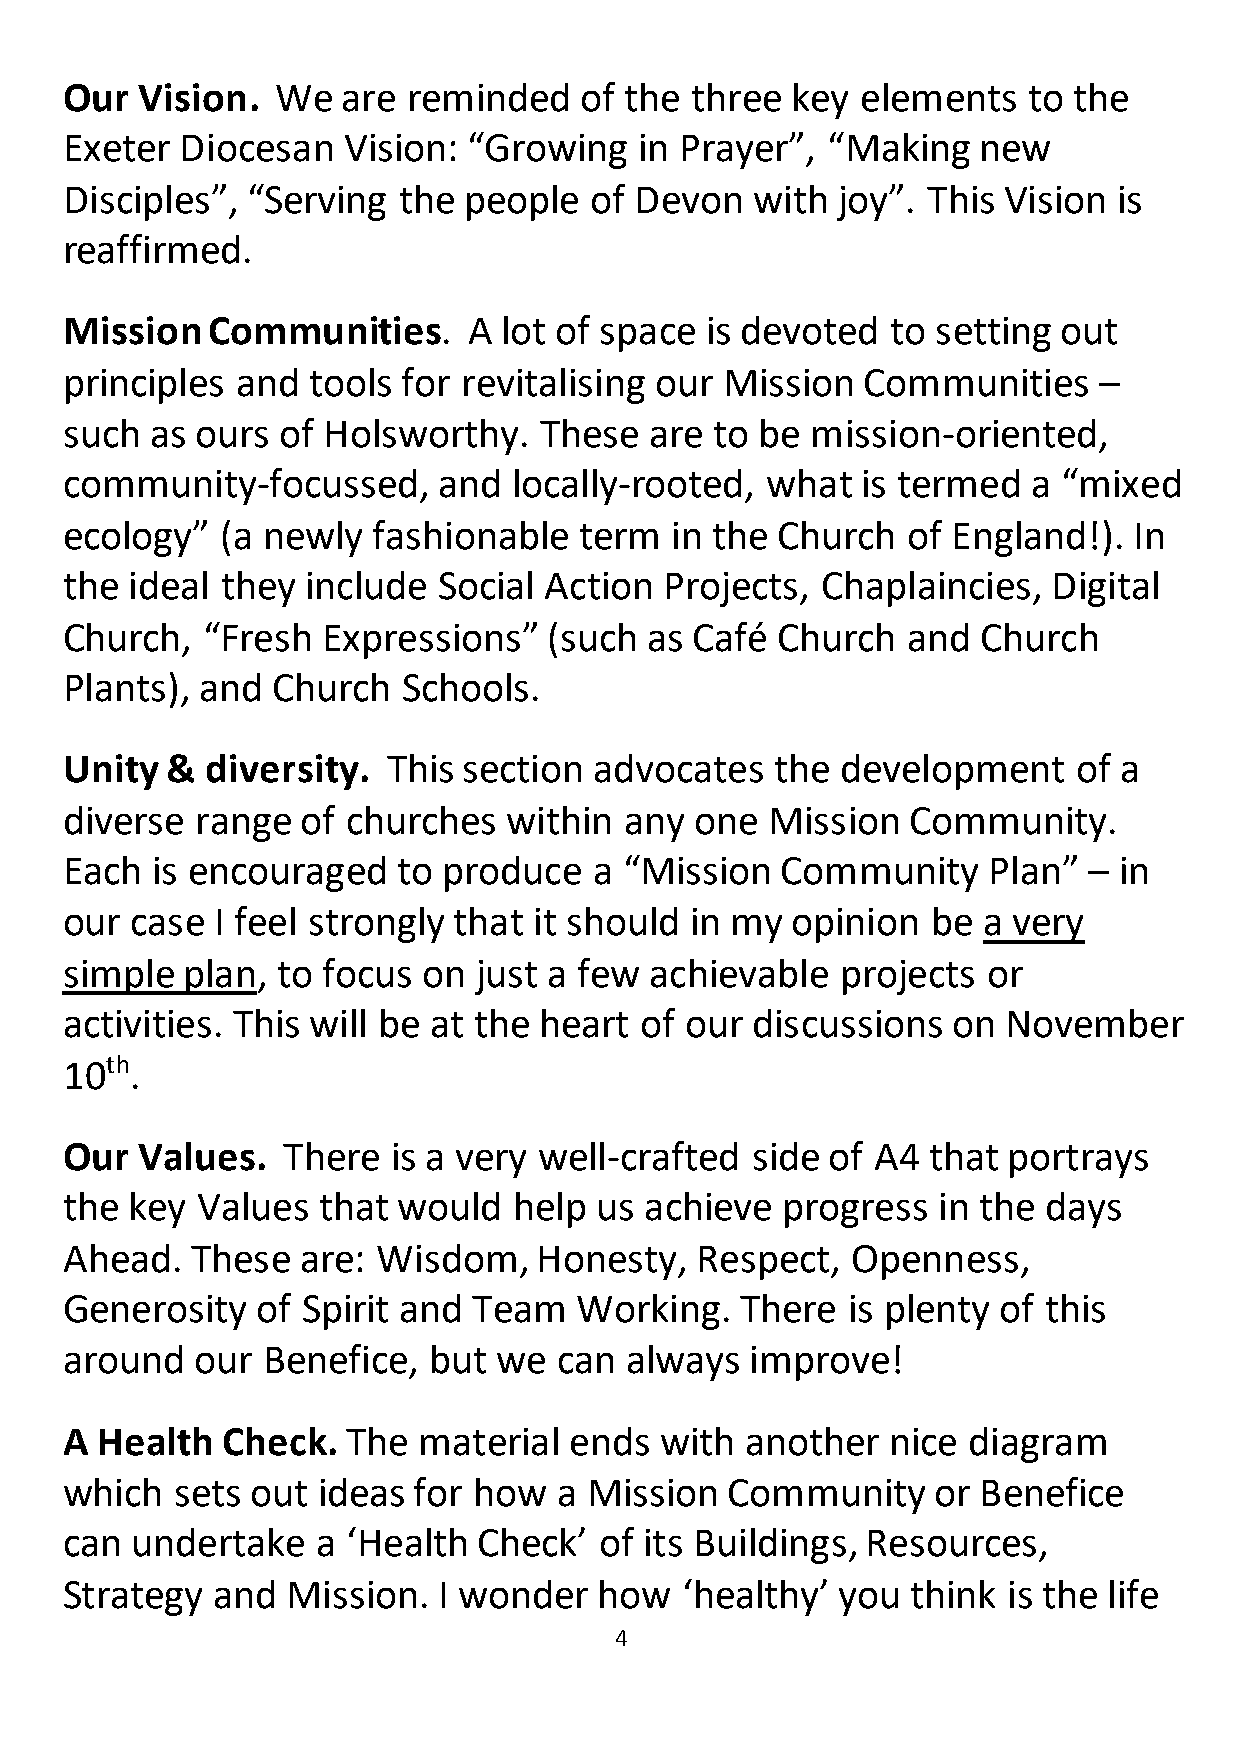
Our  Vision.  We   are reminded   of the  three key  elements   to the
 Exeter  Diocesan   Vision: “Growing   in Prayer”,  “Making   new
 Discip les”, “Serving the  people  of Devon   with joy”. This Vision  is
 reaffirmed.
 Missi on  Communities.     A lot of space  is devoted  to setting out
 princi ples and  tools for revitalising our Mission  Communities     –
 such  as ours  of Holsworthy.   These  are to be  mission-oriented,
 comm   unity-focussed,   and  locally-rooted,  what  is termed  a “mixed
 ecolo gy”  (a newly  fashionable  term  in the Church   of England!).  In
 the ideal  they include  Social Action  Projects, Chaplaincies,   Digital
 Churc  h, “Fresh Expressions”   (such  as Café Church   and  Church
 Plants), and  Church   Schools.
 Unity  &  diversity.  This section advocates   the  development    of a
 divers e range  of churches   within any  one  Mission  Community.
 Each  is encouraged   to produce   a “Mission   Community    Plan”  – in
 our  case I feel strongly that it should  in my opinion   be a very
 simpl e plan, to focus  on just a few  achievable   projects or
 activi ties. This will be at the heart of our discussions  on  November
 10th.
 Our  V alues.  There  is a very well-crafted  side of A4  that portrays
 the key  Values  that would   help us  achieve  progress  in the days
 Ahead.   These  are: Wisdom,   Honesty,   Respect,  Openness,
 Gene  rosity of Spirit and Team   Working.   There  is plenty of this
 aroun  d our Benefice,  but  we  can always   improve!
 A Health   Check.  The  material  ends  with another   nice diagram
 which  sets  out ideas for how   a Mission  Community     or Benefice
 can  u ndertake  a ‘Health  Check’  of its Buildings, Resources,
 Strategy  and  Mission.  I wonder   how  ‘healthy’ you  think  is the life
 Mike  Clarke  (our Benefice   Consul4t ant):
 7. athering  to enjoy  a huge  range  of lovely puddings   (two
 G
 brought   by each  church,  please!)